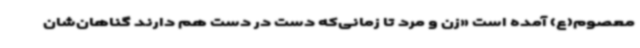
معصوم(ع) آمده است «زن و مرد تا زمانی‌که دست در دست هم دارند گناهان‌شان